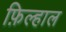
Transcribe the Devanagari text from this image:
फ़िल्हाल